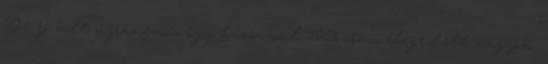
De jó volt újranézni, így búcsúzóul. 100%-osan elégedett vagyok.